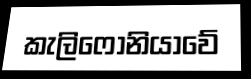
කැලිෆෝනියාවේ